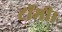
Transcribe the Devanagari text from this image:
टॉमी।